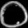
Digit: ၀